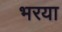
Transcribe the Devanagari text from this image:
भरया